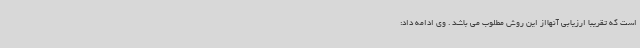
است که تقریبا ارزیابی آنهااز این روش مطلوب می باشد . وی ادامه داد: